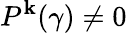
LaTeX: P^{\mathbf{k}}(\gamma)\neq0